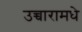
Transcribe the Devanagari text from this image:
उच्चारामधे